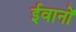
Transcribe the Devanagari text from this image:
ईवानों